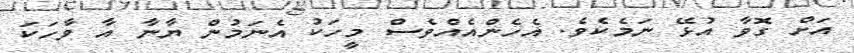
އަށް ގޮވާ އުޅޭ ނަމެކެވެ. އެހެންއެއްވެސް މީހަކު އެނަމުން ޔާނާ އާ ވާހަކަ